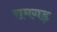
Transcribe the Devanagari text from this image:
रामगड़